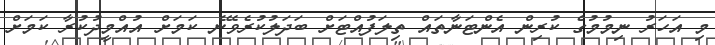
މި އަހަރު ނިމުމުގެ ކުރިން އެންޓަނާތައް ތިލަފުއްޓަށް ބަދަލުކުރެވޭނެ ކަމަށް އުއްމީދުކުރާ ކަމަށް